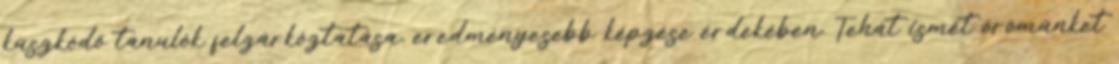
küszködő tanulók felzárkóztatása, eredményesebb képzése érdekében. Tehát ismét örömünket